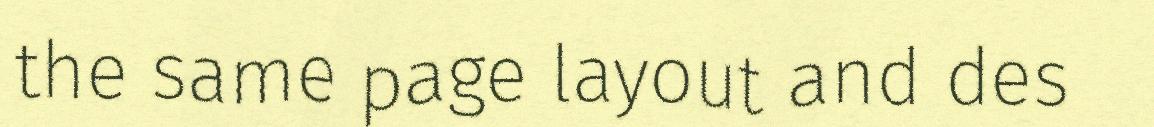
the same page layout and des